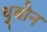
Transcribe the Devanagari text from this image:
थुबोन